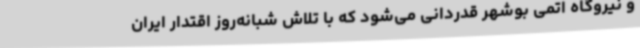
و نیروگاه اتمی بوشهر قدردانی می‌شود که با تلاش شبانه‌روز اقتدار ایران